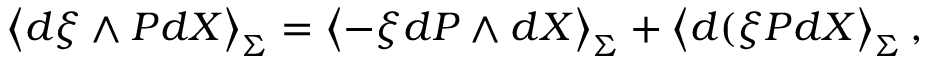
\left\langle d \xi \wedge P d X \right\rangle _ { \Sigma } = \left\langle - \xi d P \wedge d X \right\rangle _ { \Sigma } + \left\langle d ( \xi P d X \right\rangle _ { \Sigma } , \nonumber